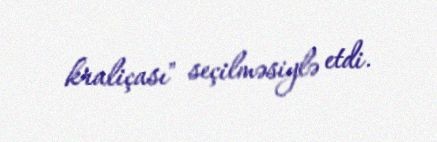
kraliçası" seçilməsiylə etdi.